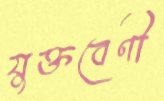
যুক্তবেণী